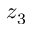
z _ { 3 }